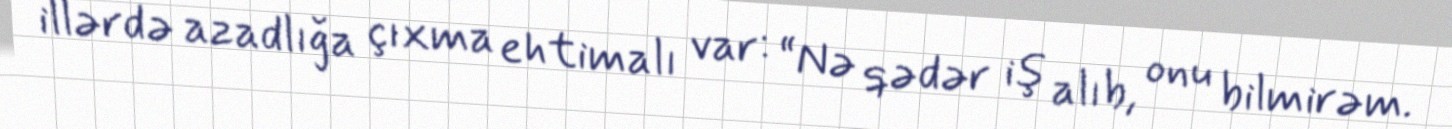
illərdə azadlığa çıxma ehtimalı var: “Nə qədər iş alıb, onu bilmirəm.